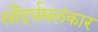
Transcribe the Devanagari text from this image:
सौंदर्यमलंकार